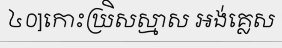
៤០]កោះឃ្រិសស្មាស អង់គ្លេស